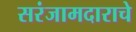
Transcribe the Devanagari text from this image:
सरंजामदाराचे